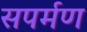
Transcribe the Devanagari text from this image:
सपर्मण